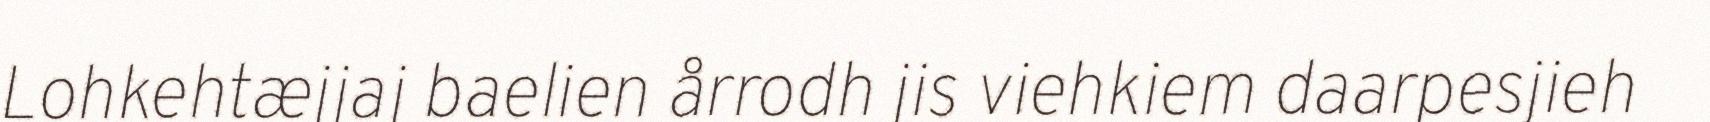
Lohkehtæjjaj baelien årrodh jis viehkiem daarpesjieh